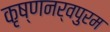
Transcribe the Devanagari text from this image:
कृष्णनर्वपुरम